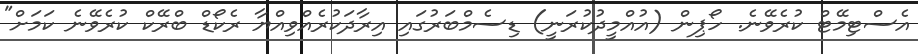
އެސްޓިމޭޓް ކުރެވޭނެ. ހޯޕިން (އުއްމީދުކުރަނީ) ޑިސެމްބަރުގައި އިރާދަކުރެއްވިއްޔާ ރެކޯޑް ބްރޭކް ކުރެވޭނެ ކަމަށް"